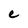
Character: e